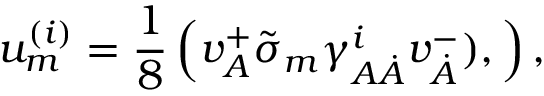
u _ { { m } } ^ { { ( i ) } } = { \frac { 1 } { 8 } } \left( v _ { { A } } ^ { + } \tilde { \sigma } _ { { m } } \gamma _ { { A } { \dot { A } } } ^ { { i } } v _ { { \dot { A } } } ^ { { - } } ) , \right) ,